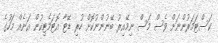
ކަސްޓަމަރުންނަށް ވެސް މަސް ނިމޭއިރު ބޭނުންނުކޮށް ހުރި ޑޭޓާ އޮޓަމެޓިކުން އަނެއް މަހުގެ